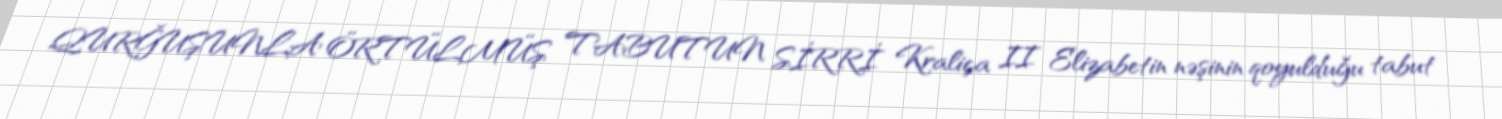
QURĞUŞUNLA ÖRTÜLMÜŞ TABUTUN SİRRİ Kraliça II Elizabetin nəşinin qoyulduğu tabut